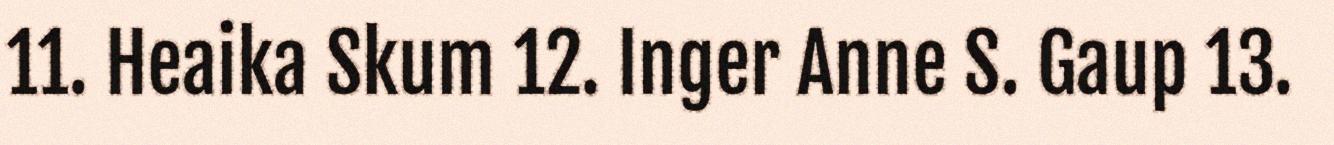
11. Heaika Skum 12. Inger Anne S. Gaup 13.